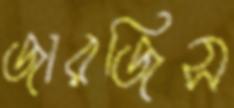
জারজিস